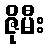
ဇိုမီး